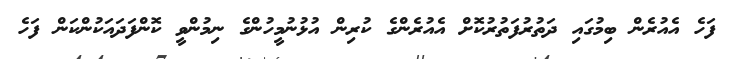
ފަހެ އެއުރެން ބިމުގައި ދަތުރުފަތުރުކޮށް އެއުރެންގެ ކުރިން އުޅުނުމީހުންގެ ނިމުންވީ ކޮންފަދައަކުންކަން ފަހެ